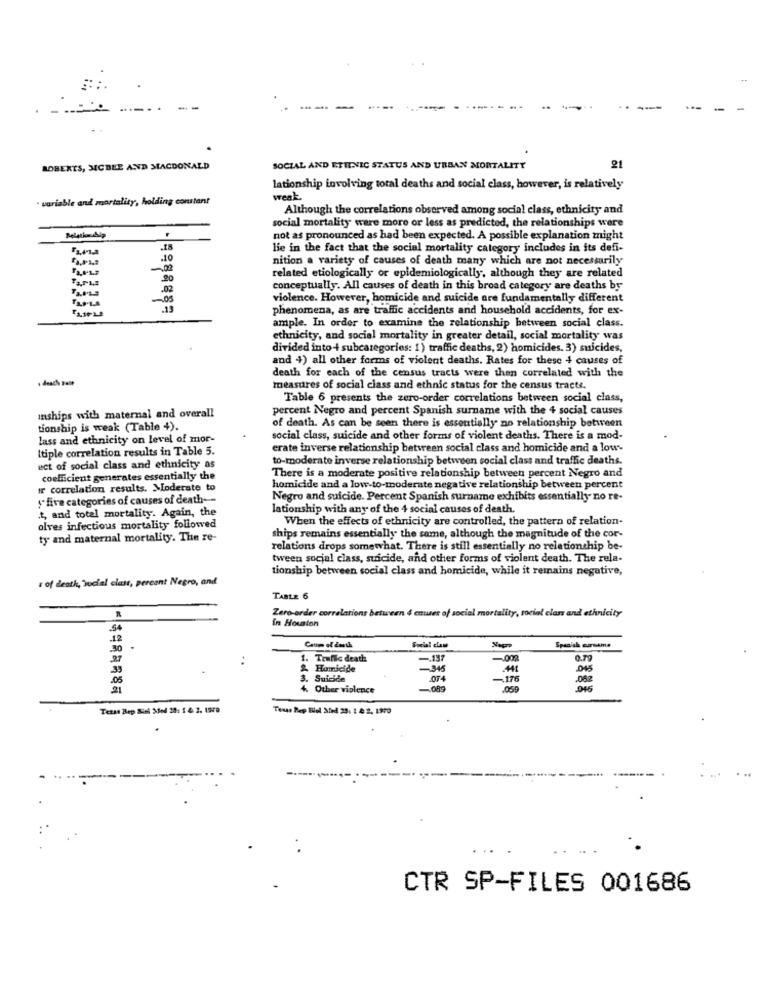
ROBERTS, MCBEE AND MACDONALD
SOCIAL AND ETILNIC STATUS AND URBAN MORTALITY
21
lationship involving total deaths and social class, however, is relatively
· variable and mortality, holding constant
weak.
Although the correlations observed among social class, ethnicity and
social mortality ware more or less as predicted, the relationships were
not as pronounced as had been expected. A possible explanation might
lie in the fact that the social mortality category includes in its defi-
.10
nition a variety of causes of death many which are not necessarily
related etiologically or epidemiologically, although they are related
-02
conceptually. All causes of death in this broad category are deaths by
-05
violence. However, homicide and suicide are fundamentally different
phenomena, as are traffic accidents and household accidents, for ex-
ample. In order to examine the relationship between social class.
ethnicity, and social mortality in greater detail, social mortality was
divided into + subcategories: 1) traffic deaths, 2) homicides. 3) suicides,
and 4) all other forms of violent deaths. Rates for these 4 causes of
death for each of the census tracts were then correlated with the
measures of social class and ethnic status for the census tracts.
Table 6 presents the zero-order correlations between social class,
percent Negro and percent Spanish surname with the 4 social causes
inships with maternal and overall
tionship is weak (Table 4).
of death. As can be seen there is essentially no relationship between
lass and ethnicity on level of mor-
social class, suicide and other forms of violent deaths. There is a mod-
Itiple correlation results in Table 5.
erate inverse relationship between social class and homicide and a low-
to-moderate inverse relationship between social class and traffic deaths.
ect of social class and ethnicity as
coefficient generates essentially the
There is a moderate positive relationship between percent Negro and
ir correlation results. Moderate to
homicide and a low-to-moderate negative relationship between percent
""five categories of causes of death --
Negro and suicide. Percent Spanish surname exhibits essentially no re-
.t, and total mortality. Again, the
lationship with any of the 4 social causes of death
When the effects of ethnicity are controlled, the pattern of relation-
olves infectious mortality followed
ty and maternal mortality. The re-
ships remains essentially the same, although the magnitude of the cor-
relations drops somewhat. There is still essentially no relationship be-
tween socjal class, suicide, and other forms of violent death. The rela-
tionship between social class and homicide, while it remains negative,
= of death, social class, percant Negro, and
TABLE 6
Zero-order correlations between 4 cmuer of social mortality, social clan and ethnicity
in Houston
5
12
Social claw
Spanish cursame
1. Trafic death
-. 137
-008
& Homicide
-346
41
.045
3. Suicide
074
-176
4. Other violence
-089
.059
Tezas Bep Biel Sod 20: 1 4. 2. 199
Texas Rep Elol Sed 25: 1 & 2, 1390
CTR SP-FILES 001686